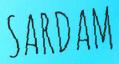
SARDAM